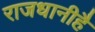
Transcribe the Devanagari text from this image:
राजधानीहै